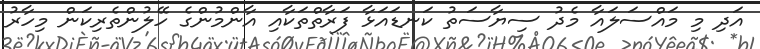
އަދި މި މައްސަލައާ މެދު ސިޔާސަތު ކަނޑައަޅާ ފަރާތްތަކާއި އާންމުންގެ ހޭލުންތެރިކަން މިހާރު